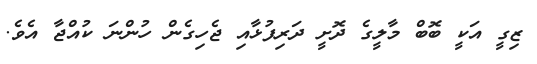
ޒިގީ އަކީ ބޮބް މާލީގެ ދޮށީ ދަރިފުޅާއި ޖެހިގެން ހުންނަ ކުއްޖާ އެވެ.